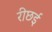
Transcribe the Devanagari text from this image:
रीछई